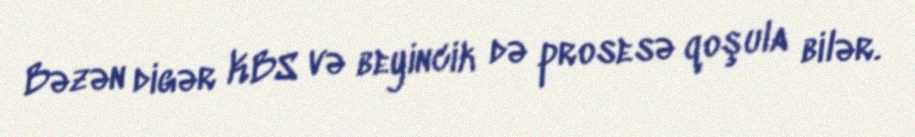
Bəzən digər KBS və beyincik də prosesə qoşula bilər.